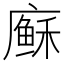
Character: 𢋈